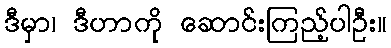
ဒီမှာ၊ ဒီဟာကို ဆောင်းကြည့်ပါဦး။